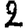
Digit: 2